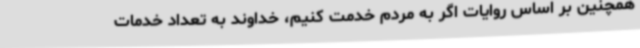
همچنین بر اساس روایات اگر به مردم خدمت کنیم، خداوند به تعداد خدمات